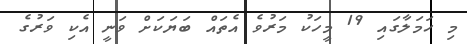
މި ހަމަލާގައި 19 މީހަކު މަރުވެ އެތައް ބަޔަކަށް ވަނީ އެކި ވަރުގެ